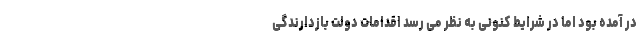
در آمده بود اما در شرایط کنونی به نظر می رسد اقدامات دولت بازدارندگی